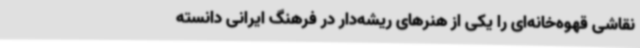
نقاشی قهوه‌خانه‌ای را یکی از هنرهای ریشه‌دار در فرهنگ ایرانی دانسته